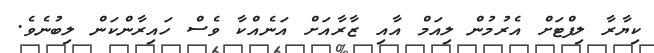
ކިޔާރާ ލިފްޓަށް އެރުމުން ލިއަމް އާއި ޒާރާއަށް އަނެއްކާ ވެސް ހައިރާންކަން ލިބުނެވެ.